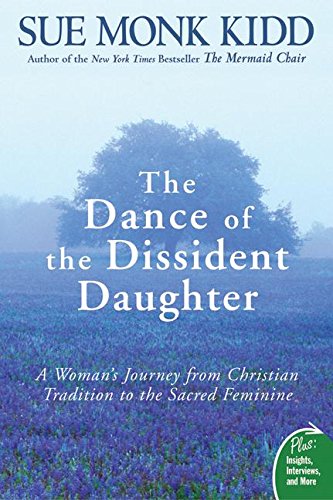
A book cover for The Dance of the Dissident Daughter: A Woman's Journey from Christian Tradition to the Sacred Feminine (Plus); Sue Monk Kidd; Politics & Social Sciences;